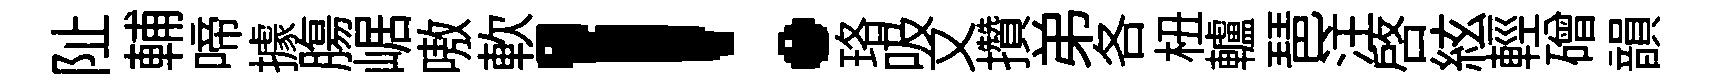
阯輔啼據膓崌嗷軟！珞吸又攢弟各杻轤琶注啓絃輕磳韻